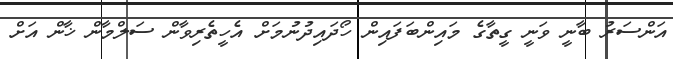
އަންސަރު ބާނީ ވަނީ ގީތާގެ މައިންބަފައިން ހޯދައިދުނުމަށް އެހީތެރިވާން ސަލްމާން ޚާން އަށް